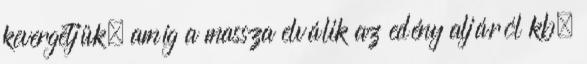
kevergetjük, amíg a massza elválik az edény aljáról kb.